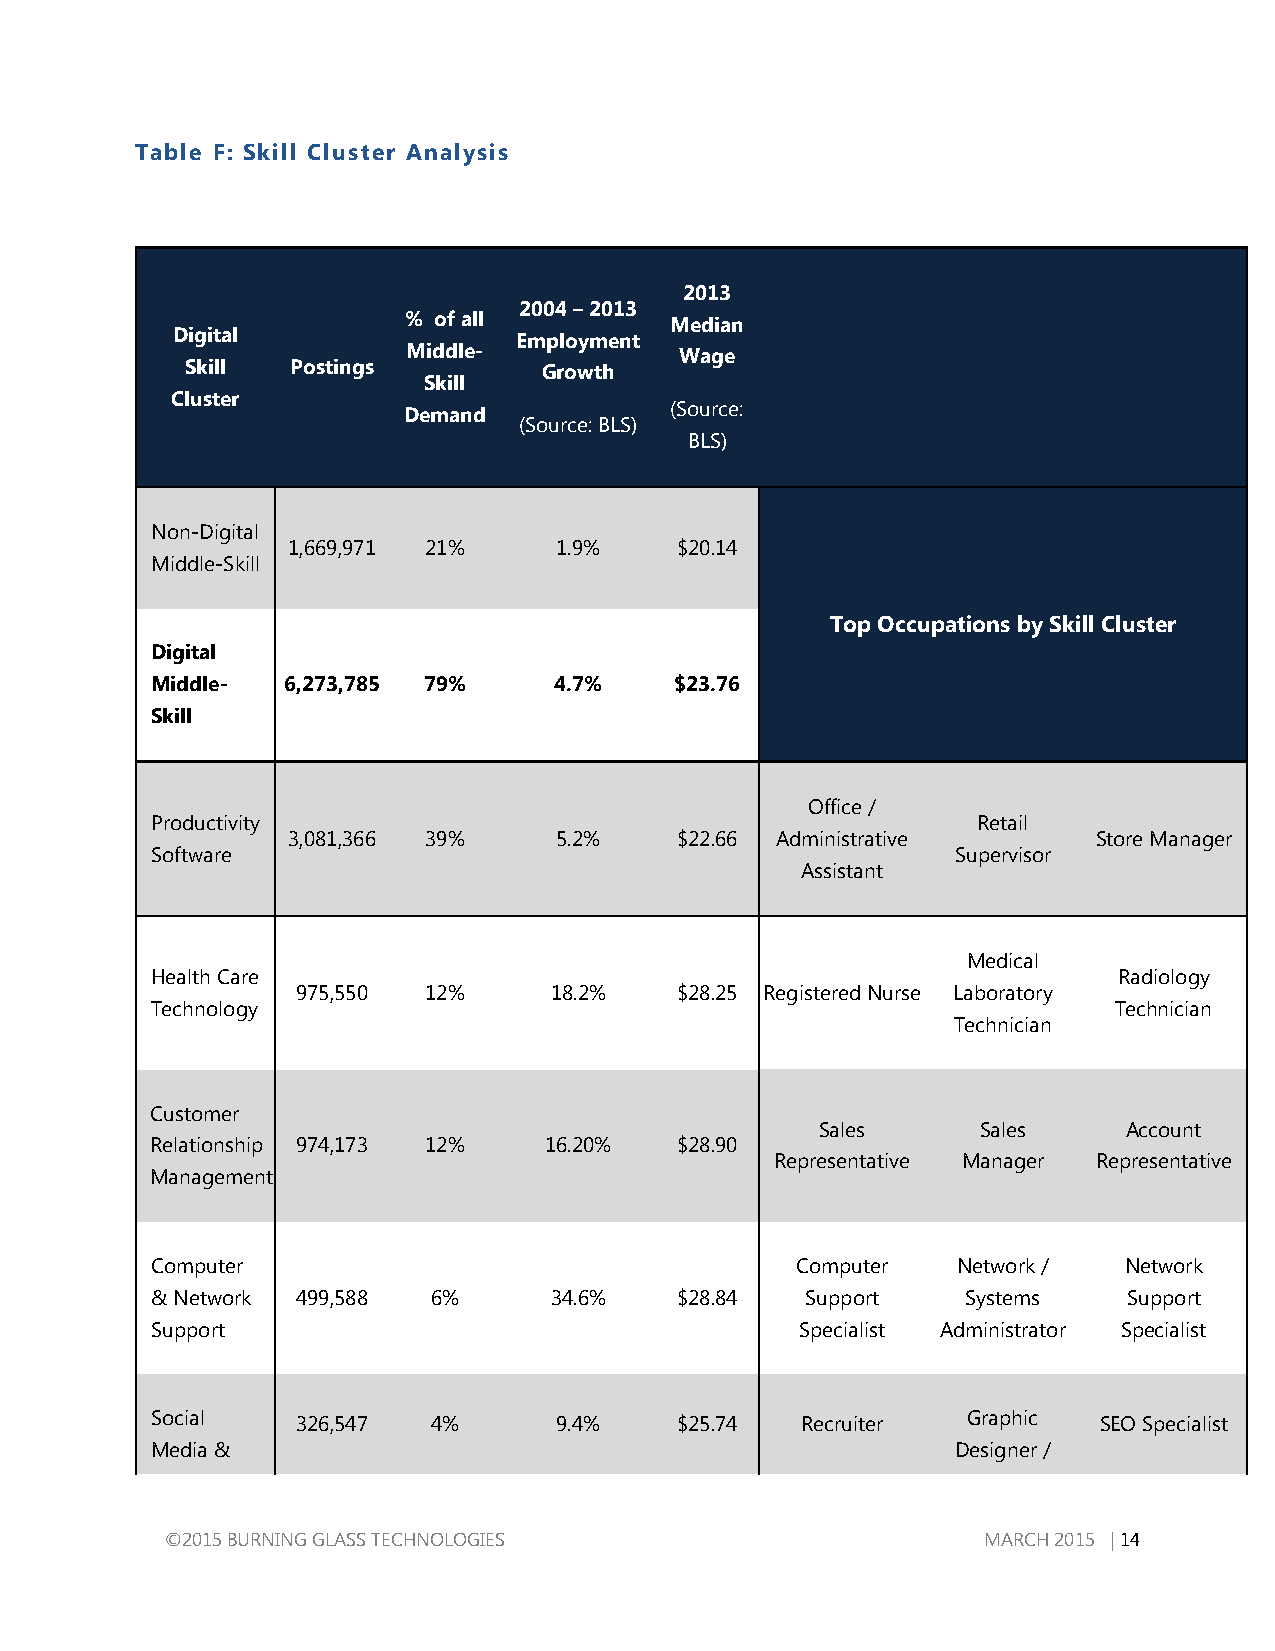
Table F: Skill Cluster Analysis
 2013
 2004 – 2013
 % of all         Median
 Digital                Employment
 Middle-           Wage
 Skill  Postings         Growth
 Skill
 Cluster
 Demand           (Source:
 (Source: BLS)
 BLS)
 Non-Digital
 1,669,971 21%     1.9%    $20.14
 Middle-Skill
 Top Occupations by Skill Cluster
 Digital
 Middle-  6,273,785 79%     4.7%    $23.76
 Skill
 Office /
 Productivity                                           Retail
 3,081,366 39%     5.2%    $22.66 Administrative       Store Manager
 Software                                             Supervisor
 Assistant
 Medical
 Health Care                                                     Radiology
 975,550 12%     18.2%    $28.25 Registered Nurse Laboratory
 Technology                                                      Technician
 Technician
 Customer
 Sales      Sales     Account
 Relationship 974,173 12%  16.20%   $28.90
 Representative Manager Representative
 Management
 Computer                                   Computer  Network /  Network
 & Network 499,588  6%     34.6%    $28.84  Support    Systems    Support
 Support                                    Specialist Administrator Specialist
 Social    326,547  4%      9.4%    $25.74  Recruiter  Graphic  SEO Specialist
 Media &                                              Designer /
 ©2015 BURNING GLASS TECHNOLOGIES                      MARCH 2015 | 14